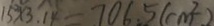
1 5 ^ { 2 } \times 3 . 1 4 = 7 0 6 . 5 ( c m ^ { 2 } )